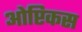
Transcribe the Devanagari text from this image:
ओप्टिकस